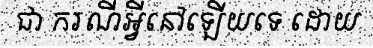
ជា ករណីអ្វីនៅឡើយទេ ដោយ